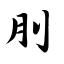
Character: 刖